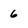
Character: 6